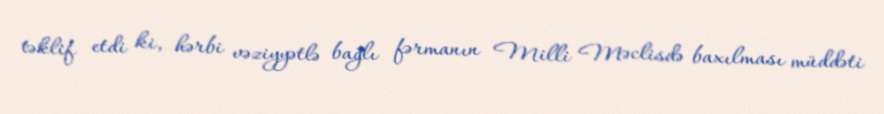
təklif etdi ki, hərbi vəziyyətlə bağlı fərmanın Milli Məclisdə baxılması müddəti